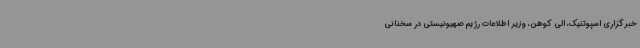
خبرگزاری اسپوتنیک، الی کوهن، وزیر اطلاعات رژیم صهیونیستی در سخنانی